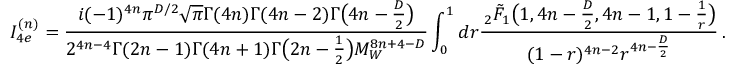
I _ { 4 e } ^ { ( n ) } = \frac { i ( - 1 ) ^ { 4 n } \pi ^ { D / 2 } \sqrt { \pi } \Gamma ( 4 n ) \Gamma ( 4 n - 2 ) \Gamma \big ( 4 n - \frac { D } { 2 } \big ) } { 2 ^ { 4 n - 4 } \Gamma ( 2 n - 1 ) \Gamma ( 4 n + 1 ) \Gamma \big ( 2 n - \frac { 1 } { 2 } \big ) M _ { W } ^ { 8 n + 4 - D } } \int _ { 0 } ^ { 1 } d r \frac { \, _ { 2 } \tilde { F } _ { 1 } \big ( 1 , 4 n - \frac { D } { 2 } , 4 n - 1 , 1 - \frac { 1 } { r } \big ) } { ( 1 - r ) ^ { 4 n - 2 } r ^ { 4 n - \frac { D } { 2 } } } \, .